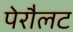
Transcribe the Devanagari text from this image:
पेरौलट